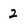
Character: 2